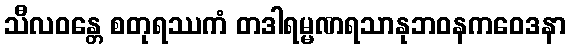
သီလဝန္တေ စတုရဿကံ တဒါရမ္မဏရသာနုဘဝနကဝေဒနာ